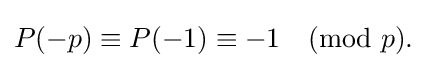
{\textstyle P(-p)\equiv P(-1)\equiv -1{\pmod {p}}.}